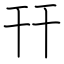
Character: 幵